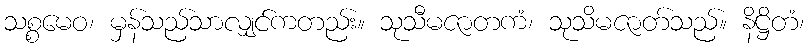
သစ္စမေဝ၊ မှန်သည်သာလျှင်ကတည်း။ သုသီမဇာတကံ၊ သုသိမဇာတ်သည်။ နိဋ္ဌိတံ၊